Civil Veterinary Department. Madras. Admin. report 1926-33 - 1926-1933
Year: 1926
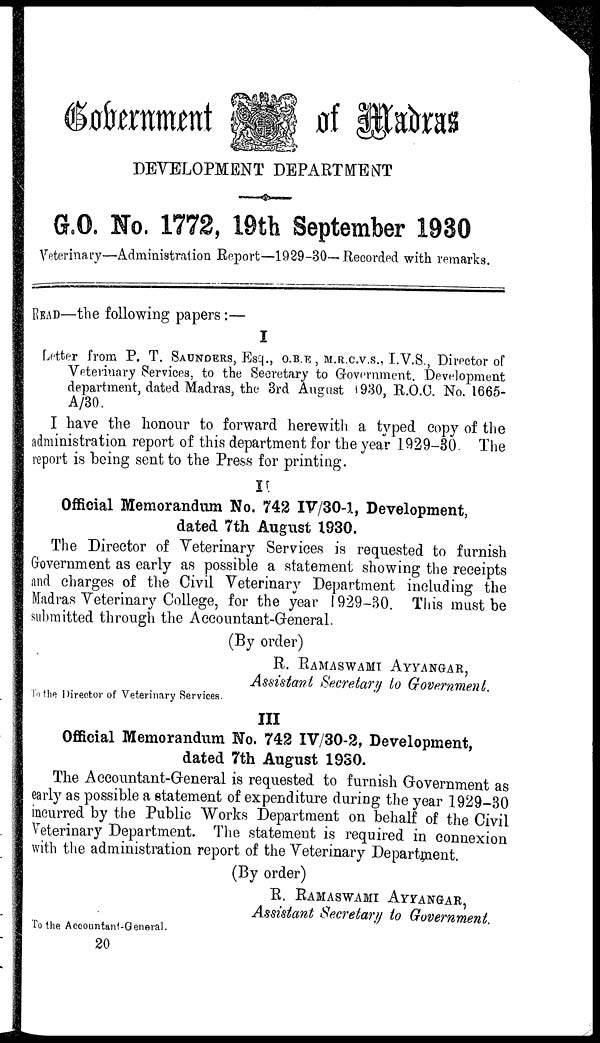
Government
of Madras
DEVELOPMENT DEPARTMENT
G.O. No. 1772, 19th September 1930
Veterinary—Administration Report—1929-30—.Recorded with remarks.
READ—the following papers:—
I
Letter from P. T. SAUNDERS, Esq., O.B.E , M.R.C.V.S., I.V.S., Director of
Veterinary Services, to the Secretary to Government. Development
department, dated Madras, the 3rd August 1930, R.O.C. No. 1665-
A/30.
I have the honour to forward herewith a typed copy of the
administration report of this department for the year 1929-30. The
report is being sent to the Press for printing.
II
Official Memorandum No. 742 IV/30-1, Development,
dated 7th August 1930.
The Director of Veterinary Services is requested to furnish
Government as early as possible a statement showing the receipts
and charges of the Civil Veterinary Department including the
Madras Veterinary College, for the year 1929-30. This must be
submitted through the Accountant-General.
(By order)
R. RAMASWAMI AYYANGAR,
Assistant Secretary to Government.
To the Director of Veterinary Services.
III
Official Memorandum No. 742 IV/30-2, Development,
dated 7th August 1930.
The Accountant-Greneral is requested to furnish Government as
early as possible a statement of expenditure during the year 1929-30
incurred by the Public Works Department on behalf of the Civil
Veterinary Department. The statement is required in connexion
with the administration report of the Veterinary Department.
(By order)
R. RAMASWAMI AYYANGAR,
Assistant Secretary to Government.
To the Accountant-General.
20